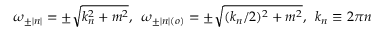
\omega _ { \pm | n | } = \pm \sqrt { k _ { n } ^ { 2 } + m ^ { 2 } } , \, \, \, \omega _ { \pm | n | ( o ) } = \pm \sqrt { ( k _ { n } / 2 ) ^ { 2 } + m ^ { 2 } } , \, \, \, k _ { n } \equiv 2 \pi n